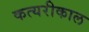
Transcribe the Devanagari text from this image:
कत्यरीकाल